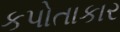
કપોતાકાર